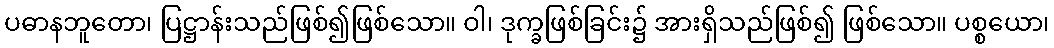
ပဓာနဘူတော၊ ပြဋ္ဌာန်းသည်ဖြစ်၍ဖြစ်သော။ ဝါ၊ ဒုက္ခဖြစ်ခြင်း၌ အားရှိသည်ဖြစ်၍ ဖြစ်သော။ ပစ္စယော၊